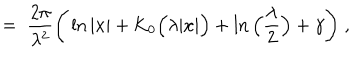
= \; \frac { 2 \pi } { \lambda ^ { 2 } } \Bigg ( \ln | x | + \mathrm { K } _ { 0 } \Big ( \lambda | x | \Big ) + \ln \Big ( \frac { \lambda } { 2 } \Big ) + \gamma \Bigg ) \; ,